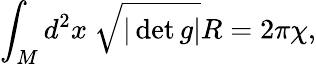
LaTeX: \int_{M}d^{2}x\ \sqrt{|\operatorname*{det}g|}R=2\pi\chi,